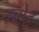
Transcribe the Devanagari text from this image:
नवोइ